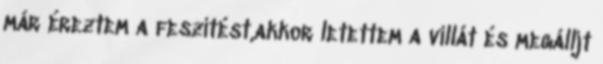
már éreztem a feszítést,akkor letettem a villát és megálljt